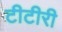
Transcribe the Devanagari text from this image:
टीटीरी